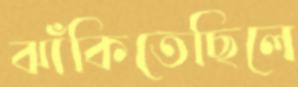
ঝাঁকিতেছিলে